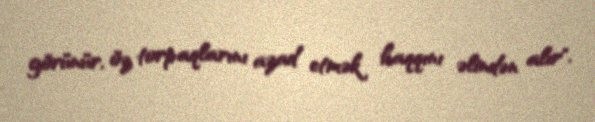
görünür, öz torpaqlarını azad etmək haqqını əlindən alır".